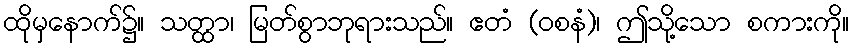
ထိုမှနောက်၌။ သတ္ထာ၊ မြတ်စွာဘုရားသည်။ ဧတံ (ဝစနံ)၊ ဤသို့သော စကားကို။